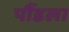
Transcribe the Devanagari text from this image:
पौंडला